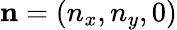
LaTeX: \mathbf{n}=\left(n_{x},n_{y},0\right)